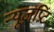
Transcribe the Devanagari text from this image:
न्यूज़प्रिंट